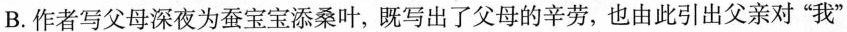
B.作者写父母深夜为蚕宝宝添桑叶，既写出了父母的辛劳，也由此引出父亲对”我”